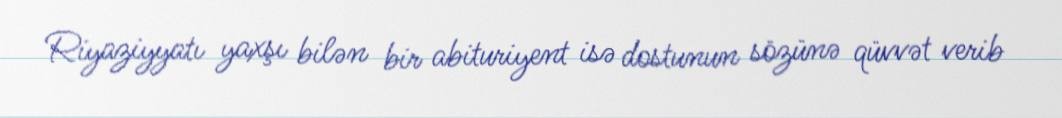
Riyaziyyatı yaxşı bilən bir abituriyent isə dostunun sözünə qüvvət verib